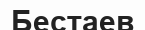
Бестаев